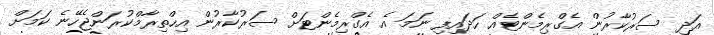
އަދި ސަރުކާރުން އެގްރިމެންޓެއް ހަދައިފި ނަމަ އެ އެގްރިމެންޓަށް ސަރުކާރުން އިހްތިރާމްކުރަންޖެހޭނެ ކަމަށް